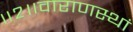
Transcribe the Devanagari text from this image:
॥२॥वाराणस्थां